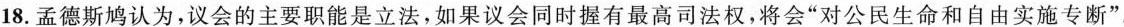
18.孟德斯鸠认为，议会的主要职能是立法，如果议会同时握有最高司法权，将会”对公民生命和自由实施专断”。